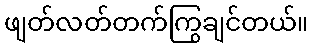
ဖျတ်လတ်တက်ကြွချင်တယ်။